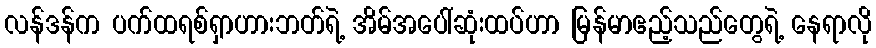
လန်ဒန်က ပက်ထရစ်ရှာဟားဘတ်ရဲ့ အိမ်အပေါ်ဆုံးထပ်ဟာ မြန်မာဧည့်သည်တွေရဲ့ နေရာလို